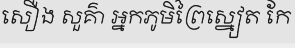
សឿង សួគ៌ា អ្នកភូមិព្រៃស្នៀត កែ